Laimjala_vallavalitsus, lk 7
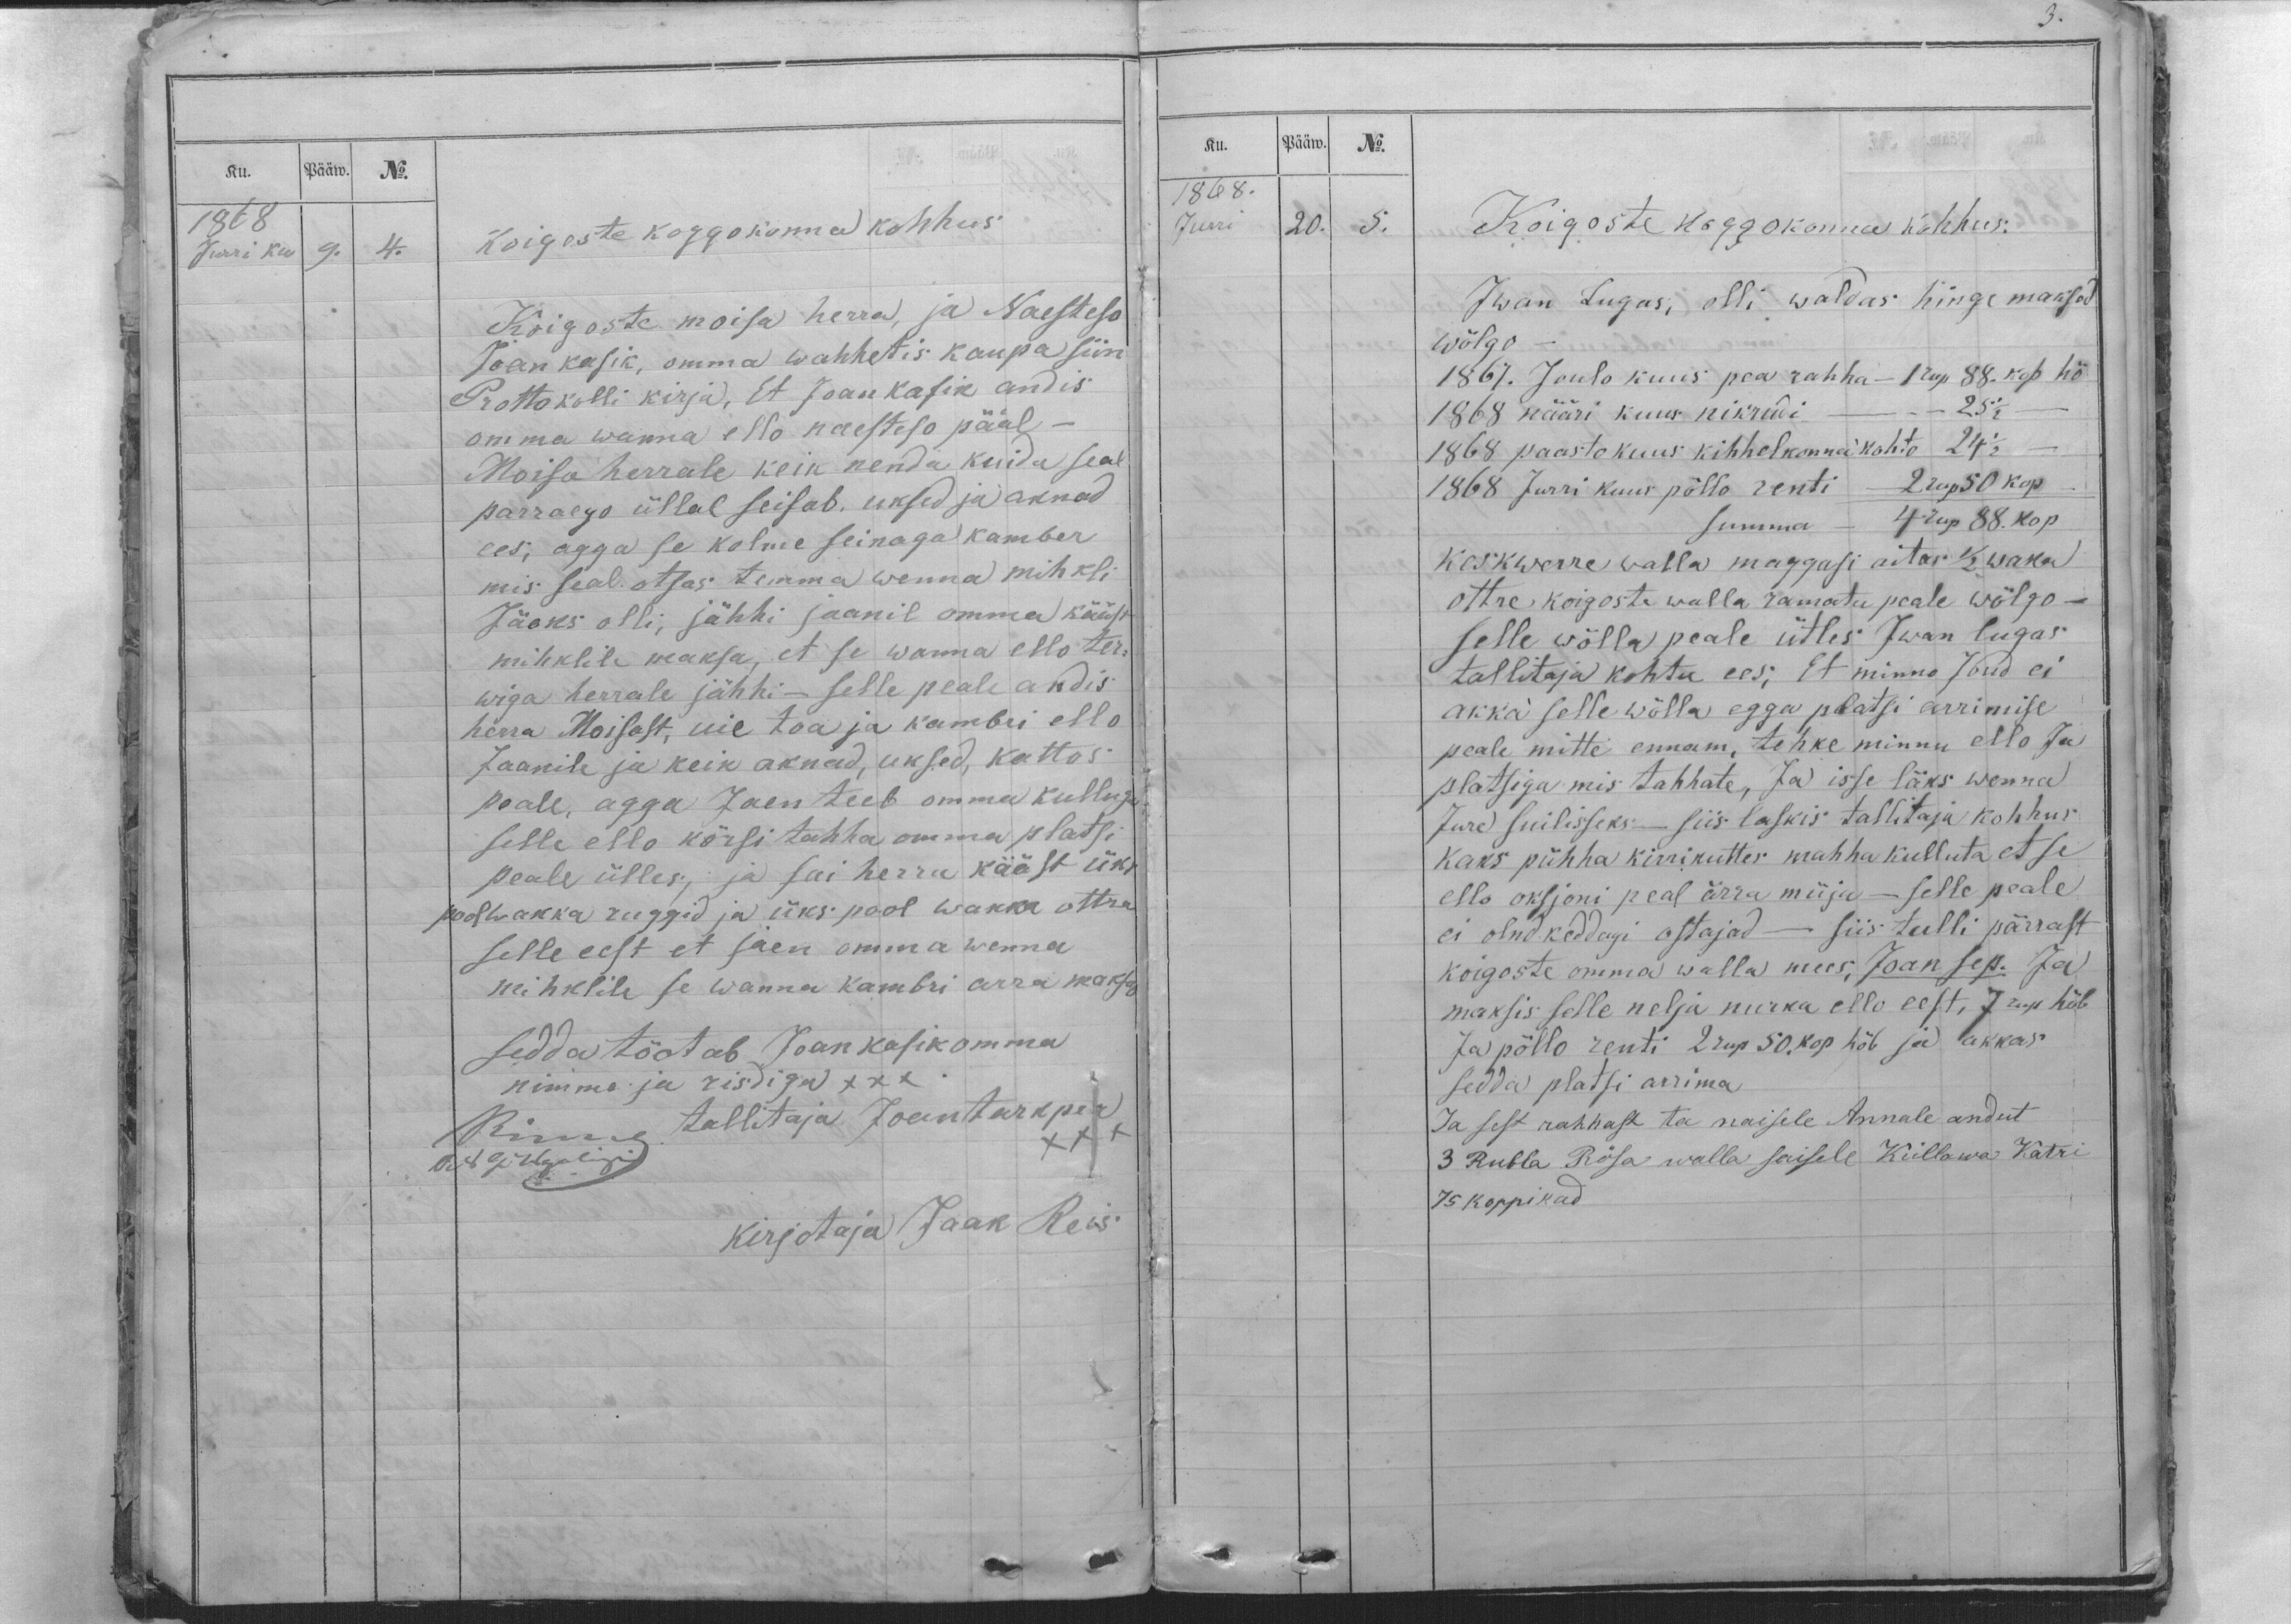
Ku.
Pääw.
No.
1868
Jurri ku
9.
4.
Koigoste koggokonna kohhus
Koigoste moisa herra, ja Naesteso
Jaan kasik, omma wahhetis kaupa siin
Prottokolli kirja, Et Jaan Kasik andis
omma wanna ello naesteso pääl-
Moisa herrale keik nendä kuida seal
parraego üllal seisab. uksed ja aknad
ees, agga se kolme seinaga kamber
mis seal otsas temma wenna mihkli
Jäoks olli, jähhi jaanil omma kääst
mihklile maksa, et se wanna ello ter-
wiga herrale jähhi - selle peale andis
herra Moisast, uie toa ja kambri ello
Jaanile ja keik aknad, uksed, kattos
peale, agga Jaen teeb omma kulluga
selle ello kõrsi tahha omma platsi
peale ülles, ja sai herra kääst üks
pool wakka ruggid ja üks pool wakka ottra
selle eest et säen omma wenna
mihklile se wanna kambri arra maksa
sedda tõotab Jaan kasik omma
nimme ja risdiga XXX
tallitaja Jaan tarkpea
XXX
kirjotaja Jaak Reis

Ku.
Pääw.
No.
1868.
Jurri
20.
5.
Koigoste koggokonna kohhus:
Iwan Lugas, olli waldas hinge maksod
wõlgo-
1867. Joulo kuus pea rahha -1 rup 88. kop hõ
1868 nääri kuus nikrudi - ,, - 25 1/2 -
1868 paasto kuus kihhelkonnakohto 24 1/2 -
1868 Jurri kuus põllo renti - 2 rup 50 kop -
summa - 4  rup 88. kop
Keskwerre walla maggasi aitas 1/2 waka
ottre koigoste walla ramatu peale wõlgo-
selle wõlla peale ütles Iwan lugas
tallitaja kohtu ees; Et minno Joud ei
akka selle wõlla egga platsi arrimise
peale mitte ennam, tehke minnu ello Ja
platsiga mis tahhate, Ja isse läks wenna
Jure suilisseks - siis laskis tallitaja kohhus
kaks pühha kirrikuttes mahha kulluta et se
ello oksjoni peal ärra müja - selle peale
ei olnd keddagi ostajad - siis tulli pärrast
koigoste omma walla mees Joan sep. Ja
maksis selle nelja nurka ello eest, 7 rup hõb
Ja põllo renti 2 rup 50. kop hõb ja akkas
sedda platsi arrima
Ja sest rahhast ta naisele Annale andut
3 Rubla Rõsa walla saisele Küllawa Katri
75 koppikad